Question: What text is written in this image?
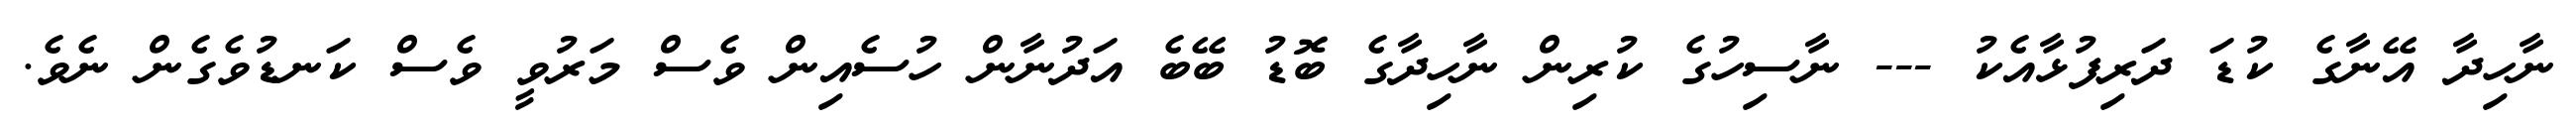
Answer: ނާހިދާ އޭނާގެ ކުޑަ ދަރިފުޅާއެކު --- ނާސިހުގެ ކުރިން ނާހިދާގެ ބޮޑު ބޭބެ އަދުނާން ހުސެއިން ވެސް މަރުވީ ވެސް ކަނޑުވެގެން ނެވެ.